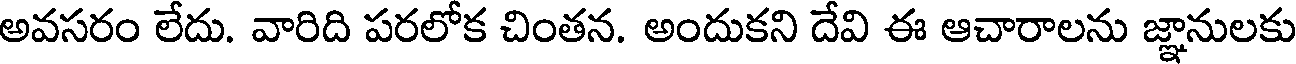
అవసరం లేదు. వారిది పరలోక చింతన. అందుకని దేవి ఈ ఆచారాలను జ్ఞానులకు